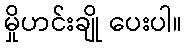
မှိုဟင်းချို ပေးပါ။